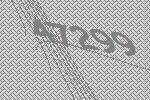
47299